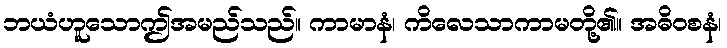
ဘယံဟူသောဤအမည်သည်။ ကာမာနံ၊ ကိလေသာကာမတို့၏။ အဓိဝစနံ၊